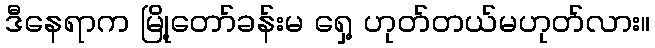
ဒီနေရာက မြို့တော်ခန်းမ ရှေ့ ဟုတ်တယ်မဟုတ်လား။